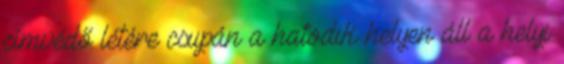
címvédő létére csupán a hatodik helyen áll a helyi